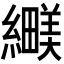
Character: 𬘅